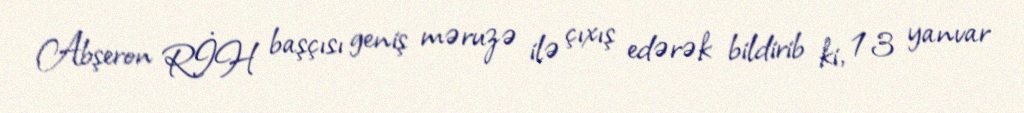
Abşeron RİH başçısı geniş məruzə ilə çıxış edərək bildirib ki, 13 yanvar